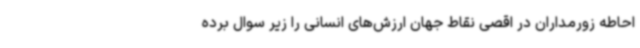
احاطه زورمداران در اقصی نقاط جهان ارزش‌های انسانی را زیر سوال برده